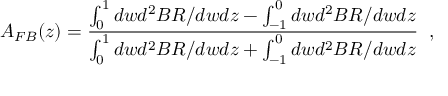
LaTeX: A _ { F B } ( z ) = \frac { \int _ { 0 } ^ { 1 } d w d ^ { 2 } B R / d w d z - \int _ { - 1 } ^ { 0 } d w d ^ { 2 } B R / d w d z } { \int _ { 0 } ^ { 1 } d w d ^ { 2 } B R / d w d z + \int _ { - 1 } ^ { 0 } d w d ^ { 2 } B R / d w d z } \; \; ,